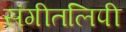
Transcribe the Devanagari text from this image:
संगीतलिपी